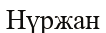
Нүржан